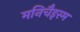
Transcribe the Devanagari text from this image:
मनिचैइस्म